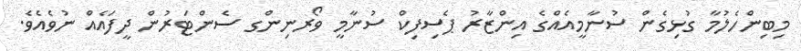
މިބިންހެލުމާ ގުޅިގެން ސުނާމީއެއްގެ އިންޒާރު ޕެސިފިކް ސުނާމީ ވޯރނިންގ ސެންޓަރުން ދީފައެއް ނުވެއެވެ.